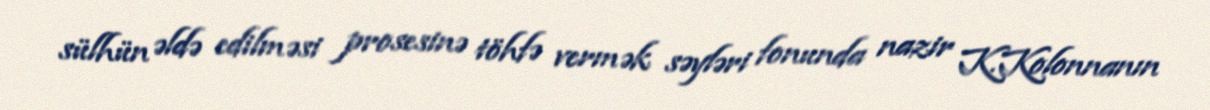
sülhün əldə edilməsi prosesinə töhfə vermək səyləri fonunda nazir K.Kolonnanın